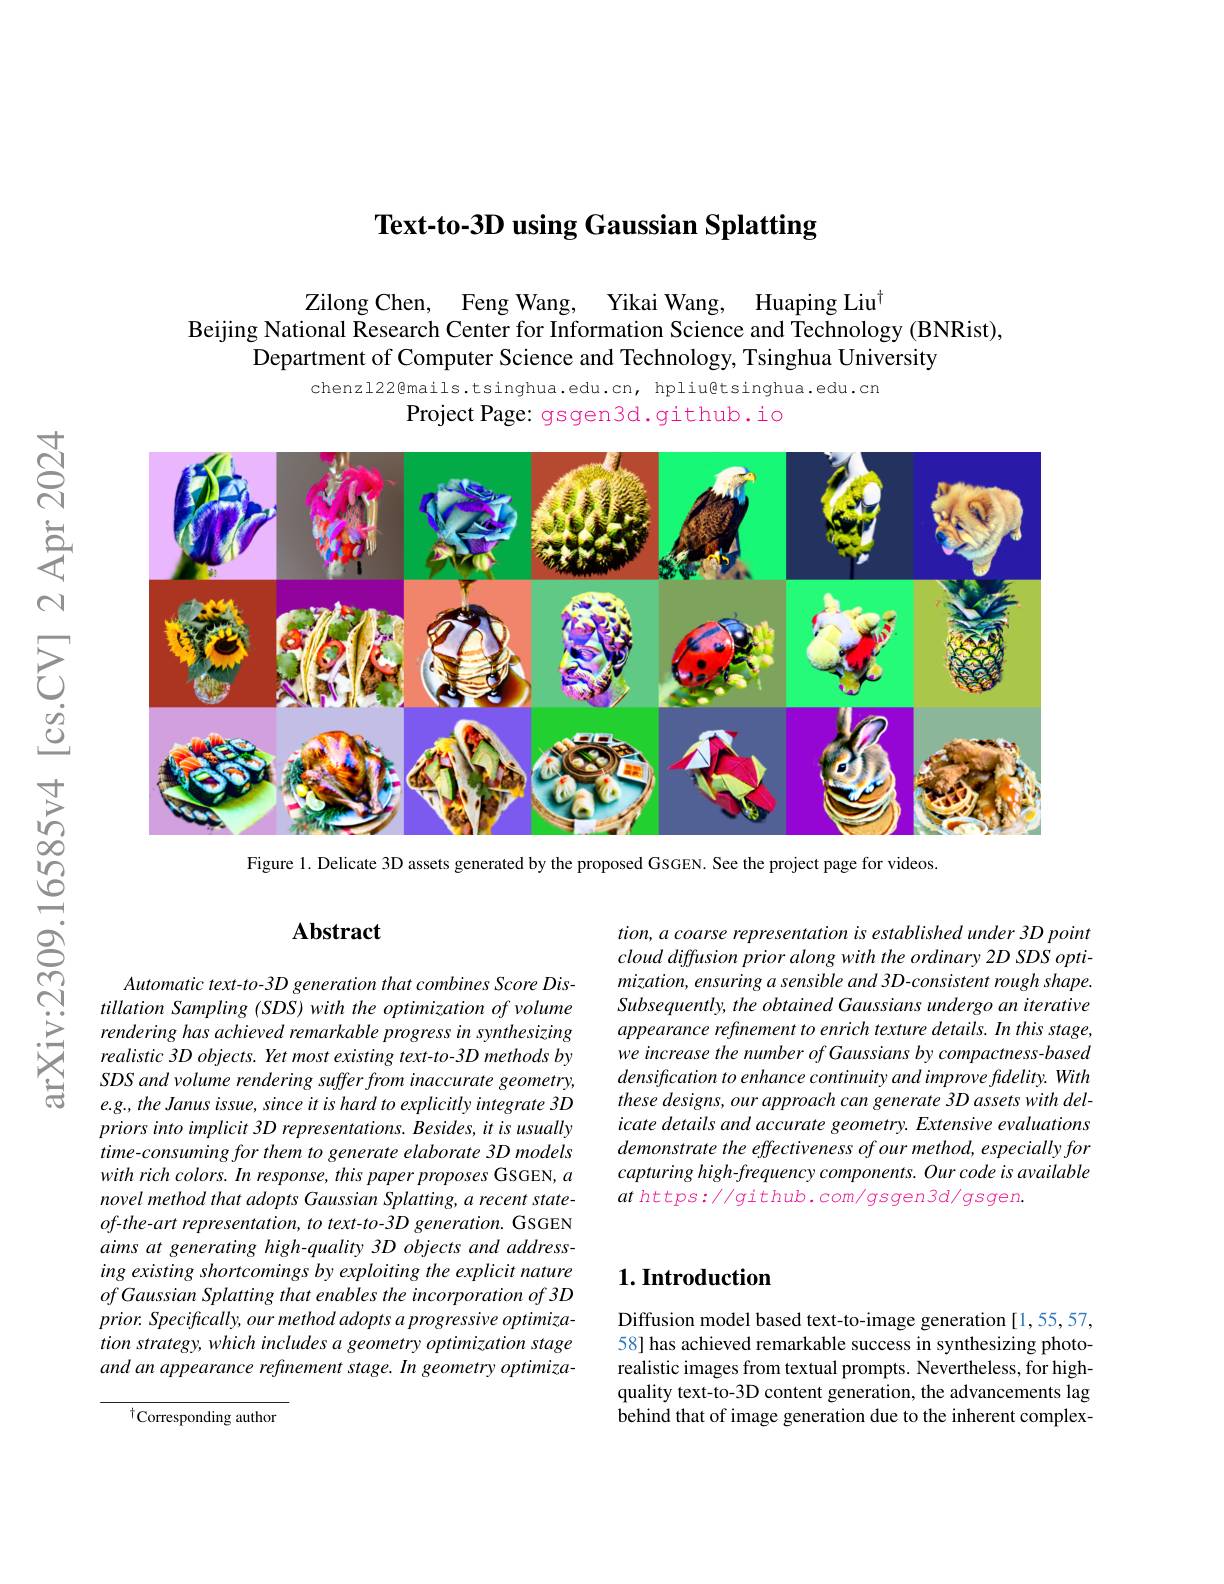
Text-to-3D using Gaussian Splatting

Zilong Chen, Feng Wang, Yikai Wang, Huaping Liu$^{\dagger}$
Beijing National Research Center for Information Science and Technology (BNRist),
Department of Computer Science and Technology, Tsinghua University

chenzl22@mails.tsinghua.edu.cn, hpliu@tsinghua.edu.cn
Project Page: gsgen3d.github.io

<FigureHere>

Figure 1. Delicate 3D assets generated by the proposed GSGEN. See the project page for videos.

### $\mathbf{Abstract}$

Automatic text-to-3D generation that combines Score Distillation Sampling (SDS) with the optimization of volume rendering has achieved remarkable progress in synthesizing realistic 3D objects. Yet most existing text-to-3D methods by SDS and volume rendering suffer from inaccurate geometry, e.g., the Janus issue, since it is hard to explicitly integrate 3D priorsintoimplicit 3D representations. Besides, it is usually time-consuming for them to generate elaborate 3D models with rich colors. In response, this paper proposes GSGEN, $a$ novel method that adopts Gaussian Splatting, a recent state- $of$-the-art representation, to text-to-3D generation. GSGEN aims at generating high-quality 3D objects and addressing existing shortcomings by exploiting the explicit nature $of\textit{Gaussian Splatting that enables the incorporation of 3D}$ prior. Specifically, our method adopts a progressive optimization strategy, which includes a geometry optimization stage and an appearance refinement stage. In geometry optimiza-

$^{\dagger}$Corresponding author

tion, a coarse representation is established under 3D point cloud diffusion prior along with the ordinary 2D SDS optimization, ensuring a sensible and 3D-consistent rough shape. Subsequently, the obtained Gaussians undergo an iterative appearance refinement to enrich texture details. In this stage, we increase the number of Gaussians by compactness-based densification to enhance continuity and improve fidelity. With these designs, our approach can generate 3D assets with delicate details and accurate geometry. Extensive evaluations demonstrate the effectiveness of our method, especially for capturing high-frequency components. Our code is available $at$ https://github.com/gsgen3d/gsgen.

## $1. \textbf{Introduction}$

Diffusion model based text-to-image generation [1,55,57, 58] has achieved remarkable success in synthesizing photorealistic images from textual prompts. Nevertheless, for highquality text-to-3D content generation, the advancements lag behind that of image generation due to the inherent complex-